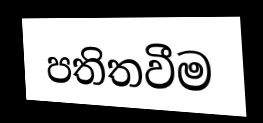
පතිතවීම